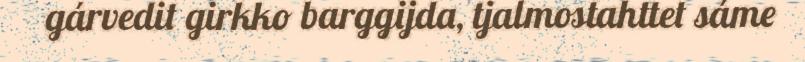
gárvedit girkko barggijda, tjalmostahttet sáme